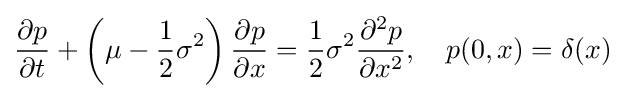
{\partial p \over {\partial t}}+\left(\mu -{1 \over {2}}\sigma ^{2}\right){\partial p \over {\partial x}}={1 \over {2}}\sigma ^{2}{\partial ^{2}p \over {\partial x^{2}}},\quad p(0,x)=\delta (x)